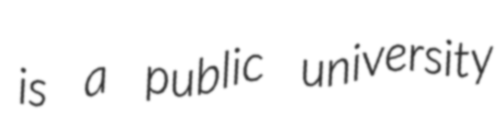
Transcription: is a public university